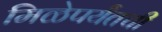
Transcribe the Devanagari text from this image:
मिळेपर्यंतची